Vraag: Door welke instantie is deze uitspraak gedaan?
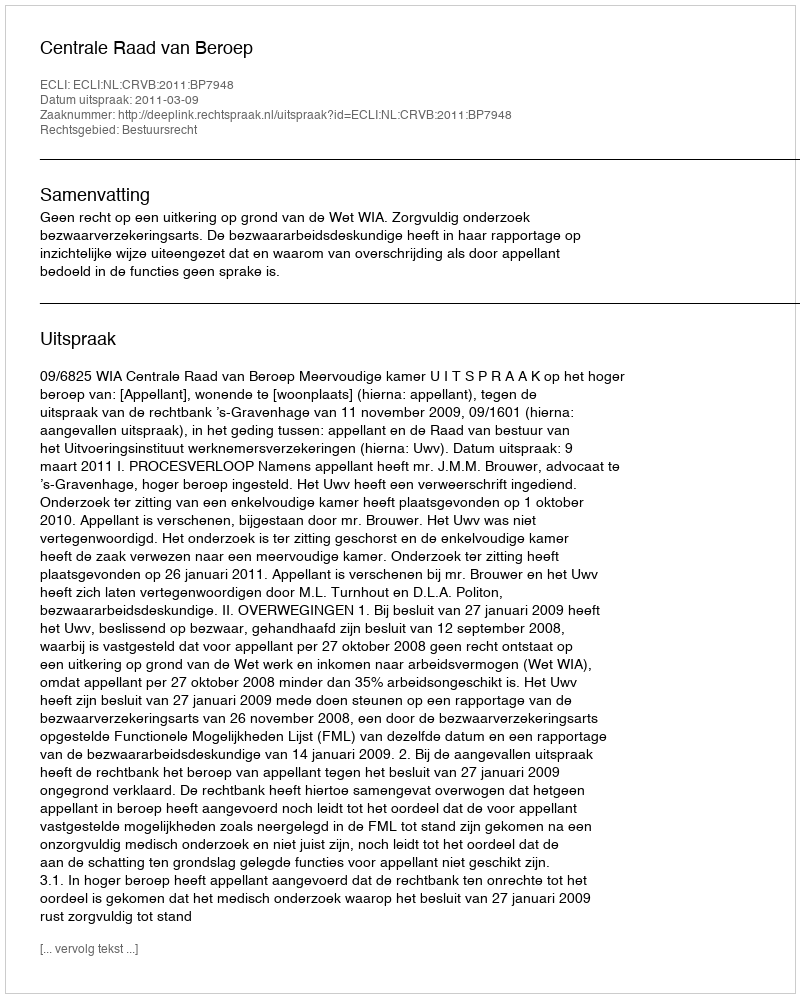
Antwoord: Centrale Raad van Beroep